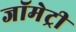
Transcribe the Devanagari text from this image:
जॉमेट्री